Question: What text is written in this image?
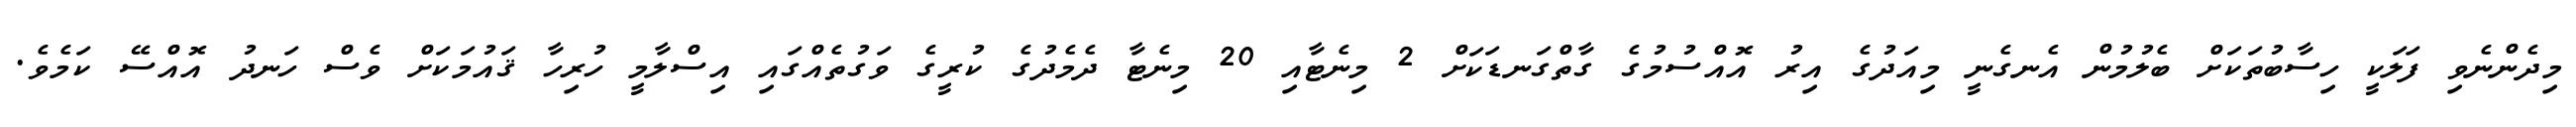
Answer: މިދެންނެވި ފަލަކީ ހިސާބުތަކަށް ބެލުމުން އެނގެނީ މިއަދުގެ އިރު އޮއްސުމުގެ ގާތްގަނޑަކަށް 2 މިނެޓާއި 20 މިނެޓާ ދެމެދުގެ ކުރީގެ ވަގުތެއްގައި އިސްލާމީ ހުރިހާ ޤައުމަކަށް ވެސް ހަނދު އޮއްސޭ ކަމެވެ.